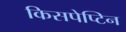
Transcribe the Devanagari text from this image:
किसपेप्टिन